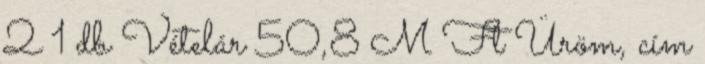
2 1 db Vételár 50,8 M Ft Üröm, cím